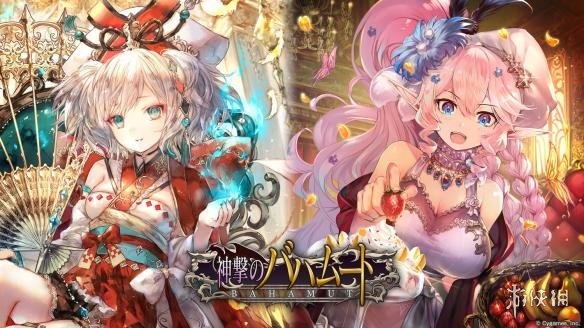
泽国江山入战图，生民何计乐樵苏。